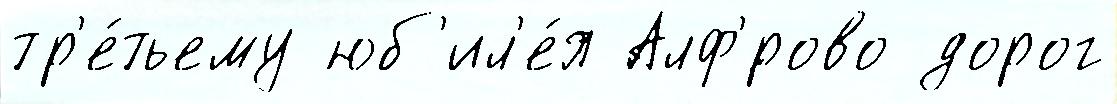
тр'е́тьему юб'ил'е́я Алф'́рово дорог